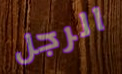
الرجل